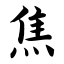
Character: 焦